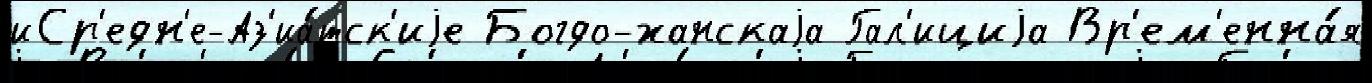
иСр'едн'е-Аз'иа́тск'иjе Богдо-ханскаjа Гал'ициjа Вр'ем'енна́я